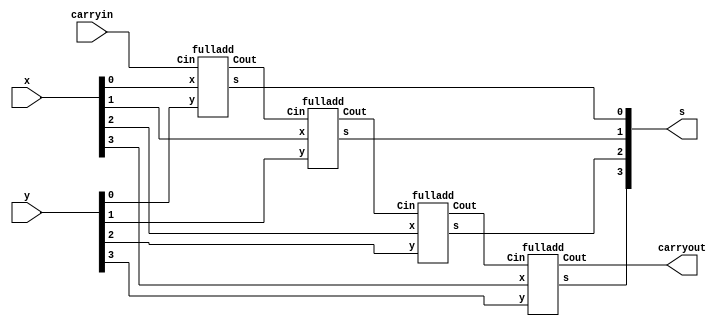
module dxp_4bitadder (carryin, x, y, s, carryout);
	input carryin;
	input	[3:0] x, y;
	output [3:0] s;
	output carryout;
	wire	[3:1] c;
	
	fulladd stage0 (carryin, x[0], y[0], s[0], c[1]);
	fulladd stage1 (c[1], x[1], y[1], s[1], c[2]);
	fulladd stage2 (c[2], x[2], y[2], s[2], c[3]);
	fulladd stage3 (c[3], x[3], y[3], s[3], carryout);
		
endmodule

module fulladd (Cin, x, y, s, Cout);
	input Cin, x, y;
	output s, Cout;
	
	assign s = x ^ y ^ Cin;
	assign Cout = (x & y) | (x & Cin) | (y & Cin);
		    
endmodule